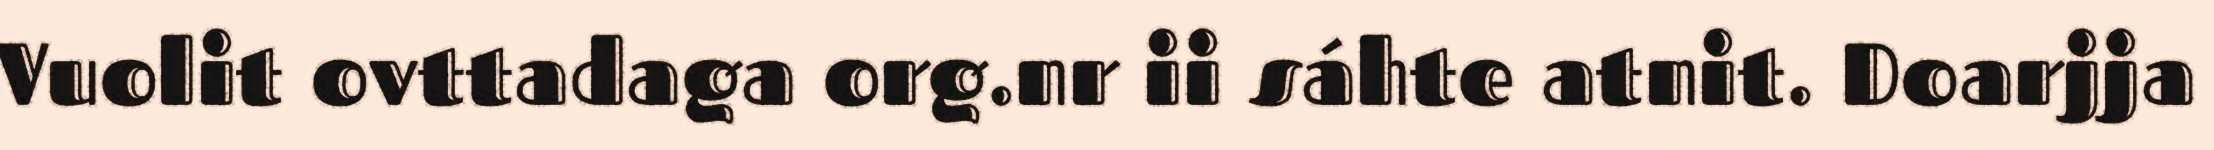
Vuolit ovttadaga org.nr ii sáhte atnit. Doarjja